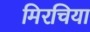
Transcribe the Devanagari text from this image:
मिरचिया